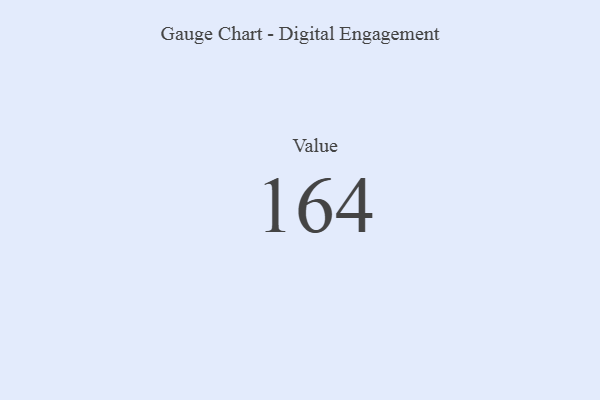
{"axis": {"x": "Metric", "y": "Value"}, "legend": [""], "data": [{"x": "Value", "y": 164, "type": ""}]}